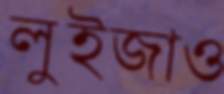
লুইজাও